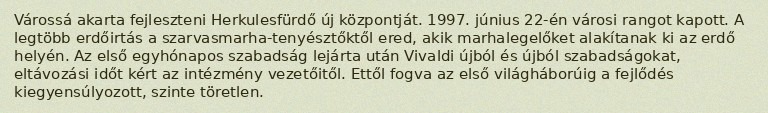
Várossá akarta fejleszteni Herkulesfürdő új központját. 1997. június 22-én városi rangot kapott. A legtöbb erdőirtás a szarvasmarha-tenyésztőktől ered, akik marhalegelőket alakítanak ki az erdő helyén. Az első egyhónapos szabadság lejárta után Vivaldi újból és újból szabadságokat, eltávozási időt kért az intézmény vezetőitől. Ettől fogva az első világháborúig a fejlődés kiegyensúlyozott, szinte töretlen.